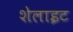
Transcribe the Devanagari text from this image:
शेलाइट